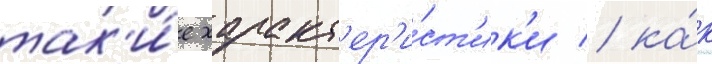
так'и́е характ'ер'и́ст'ик'и / ка́к